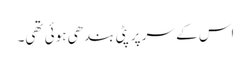
اس کے سر پر پٹی بندھی ہوئی تھی۔